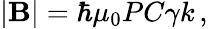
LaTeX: |\mathbf{B}|=\hbar\mu_{0}PC\gamma k\, ,